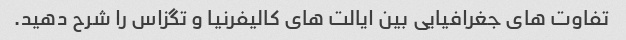
تفاوت های جغرافیایی بین ایالت های کالیفرنیا و تگزاس را شرح دهید.